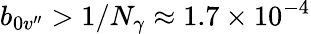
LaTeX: b_{0v^{\prime\prime}}>1/N_{\gamma}\approx 1.7\times 10^{-4}